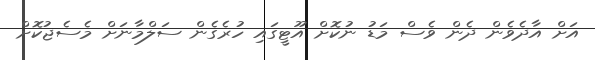
އަށް އާދެވެން ދެން ވެސް މަޑު ނުކޮށް އޫޓީގައި ހުރެގެން ސަލްމާނަށް މެސެޖުކޮށް